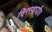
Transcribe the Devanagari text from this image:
चिरस्थायीव